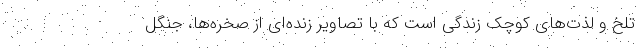
تلخ و لذت‌های کوچک زندگی است که با تصاویر زنده‌ای از صخره‌ها، جنگل